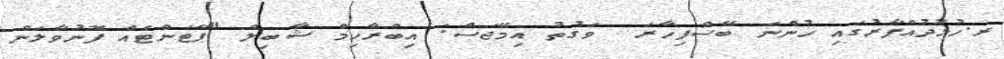
ރ.ހުޅުދުއްފާރުގައި ހުންނަ ބޭސްފިހާރަ  ވަގުތު އިމޭޖަސް: އިބްރާހިމް ޝާބިލް "ޕޭޓަންޓެއް ފޮނުވާލަން